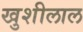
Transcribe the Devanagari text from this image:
खुशीलाल